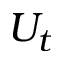
U _ { t }